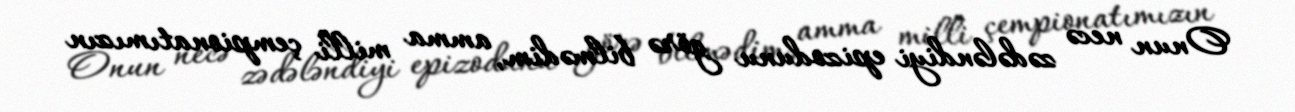
Onun necə zədələndiyi epizodunu görə bilmədim, amma milli çempionatımızın